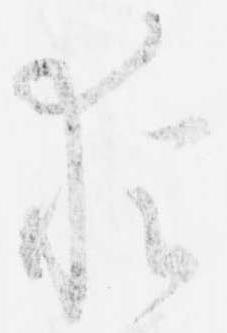
猶